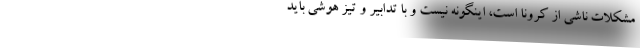
مشکلات ناشی از کرونا است، اینگونه نیست و با تدابیر و تیز هوشی باید